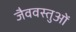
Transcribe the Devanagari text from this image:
जैववस्तुओं